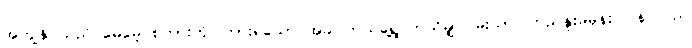
အကျွန်ုပ်သည် မေမေ့ စကားကို ကြားရသော အခါ ဘယ်ရွေ့ ဘယ်မျှ ဝမ်းသာ ကြည်နူးမိမှန်း ပြန် လည်